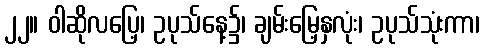
၂၂။ ဝါဆိုလပြေ့၊ ဥပုသ်နေ့၌၊ ချမ်းမြေ့နှလုံး၊ ဥပုသ်သုံးကာ၊